Scientific memoirs by medical officers of the Army of India - Part V,
Year: 1890
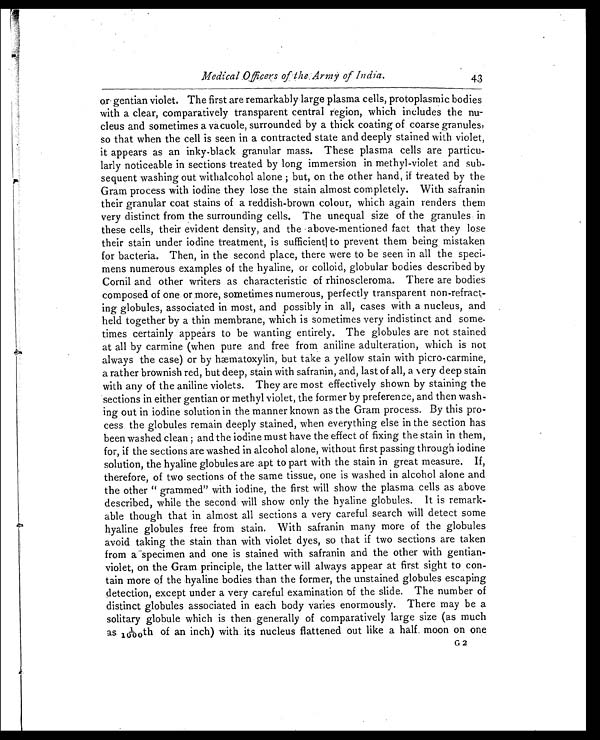
Medical Officers of the Army of India.
43
or gentian violet. The first are remarkably large plasma cells, protoplasmic bodies
with a clear, comparatively transparent central region, which includes the nu
- c l e u s a n d s o m e t i m e s a v a c u o l e , s u r r o u n d e d b y a t h i c k c o a t i n g o f c o a r s e g r a n u l e s ,
so that when the cell is seen in a contracted state and deeply stained with violet,
it appears as an inky-black granular mass. These plasma cells are particu
-larly noticeable in sections treated by long immersion in methyl-violet and sub
- s e q u e n t w a s h i n g o u t w i t h a l c o h o l a l o n e ; b u t , o n t h e o t h e r h a n d , i f t r e a t e d b y t h e
Gram process with iodine they lose the stain almost completely. With safranin
their granular coat stains of a reddish-brown colour, which again renders them
very distinct from the surrounding cells. The unequal size of the granules in
these cells, their evident density, and the above-mentioned fact that they lose
their stain under iodine treatment, is sufficient to prevent them being mistaken
for bacteria. Then, in the second place, there were to be seen in all the speci
- m e n s n u m e r o u s e x a m p l e s o f t h e h y a l i n e , o r c o l l o i d , g l o b u l a r b o d i e s d e s c r i b e d b y
Cornil and other writers as characteristic of rhinoscleroma. There are bodies
composed of one or more, sometimes numerous, perfectly transparent non-refract
- i n g g l o b u l e s , a s s o c i a t e d i n m o s t , a n d p o s s i b l y i n a l l , c a s e s w i t h a n u c l e u s , a n d
held together by a thin membrane, which is sometimes very indistinct and some
- t i m e s c e r t a i n l y a p p e a r s t o b e w a n t i n g e n t i r e l y . T h e g l o b u l e s a r e n o t s t a i n e d
at all by carmine (when pure and free from aniline adulteration, which is not
al ways t he case) or by hæmat oxyl i n, but t ake a yel l ow st ai n wi t h pi cro-carmi ne,
a rather brownish red, but deep, stain with safranin, and, last of all, a very deep stain
with any of the aniline violets. They are most effectively shown by staining the
sections in either gentian or methyl violet, the former by preference, and then wash
-ing out in iodine solution in the manner known as the Gram process. By this pro
-cess the globules remain deeply stained, when everything else in the section has
been washed clean; and the iodine must have the effect of fixing the stain in them,
for, if the sections are washed in alcohol alone, without first passing through iodine
solution, the hyaline globules are apt to part with the stain in great measure. If,
therefore, of two sections of the same tissue, one is washed in alcohol alone and
the other " grammed" with iodine, the first will show the plasma cells as above
described, while the second will show only the hyaline globules. It is remark
-able though that in almost all sections a very careful search will detect some
hyaline globules free from stain. With safranin many more of the globules
avoid taking the stain than with violet dyes, so that if two sections are taken
from a specimen and one is stained with safranin and the other with gentian-
violet, on the Gram principle, the latter will always appear at first sight to con
-tain more of the hyaline bodies than the former, the unstained globules escaping
detection, except under a very careful examination of the slide. The number of
distinct globules associated in each body varies enormously. There may be a
solitary globule which is then generally of comparatively large size (as much
as 1 1 / 1 0 0 0 t h o f a n i n c h ) w i t h i t s n u c l e u s f l a t t e n e d o u t l i k e a h a l f . m o o n o n o n e
G2